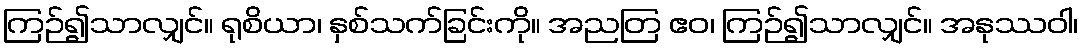
ကြဉ်၍သာလျှင်။ ရုစိယာ၊ နှစ်သက်ခြင်းကို။ အညတြ ဧဝ၊ ကြဉ်၍သာလျှင်။ အနုဿဝါ၊